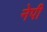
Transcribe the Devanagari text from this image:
नेपी